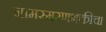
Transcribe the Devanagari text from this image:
नामस्मरणभक्तीचा